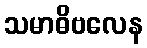
သမာဓိဗလေန